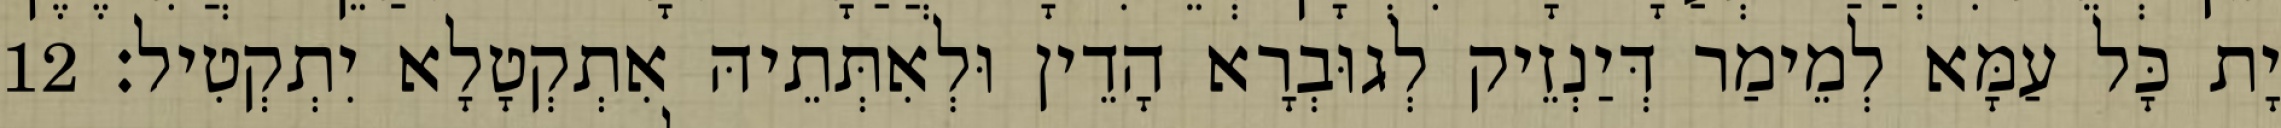
יָת כָּל עַמָּא לְמֵימַר דְּיַנְזֵיק לְגוּבְרָא הָדֵין וּלְאִתְּתֵיהּ אִתְקְטָלָא יִתְקְטִיל׃ 12